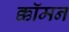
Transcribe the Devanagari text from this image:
क्कॉमन